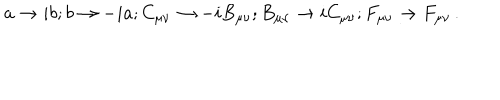
a \rightarrow i b ; b \rightarrow - i a ; C _ { \mu \nu } \rightarrow - i B _ { \mu \nu } ; B _ { \mu \nu } \rightarrow i C _ { \mu \nu } ; F _ { \mu \nu } \rightarrow F _ { \mu \nu } \, .